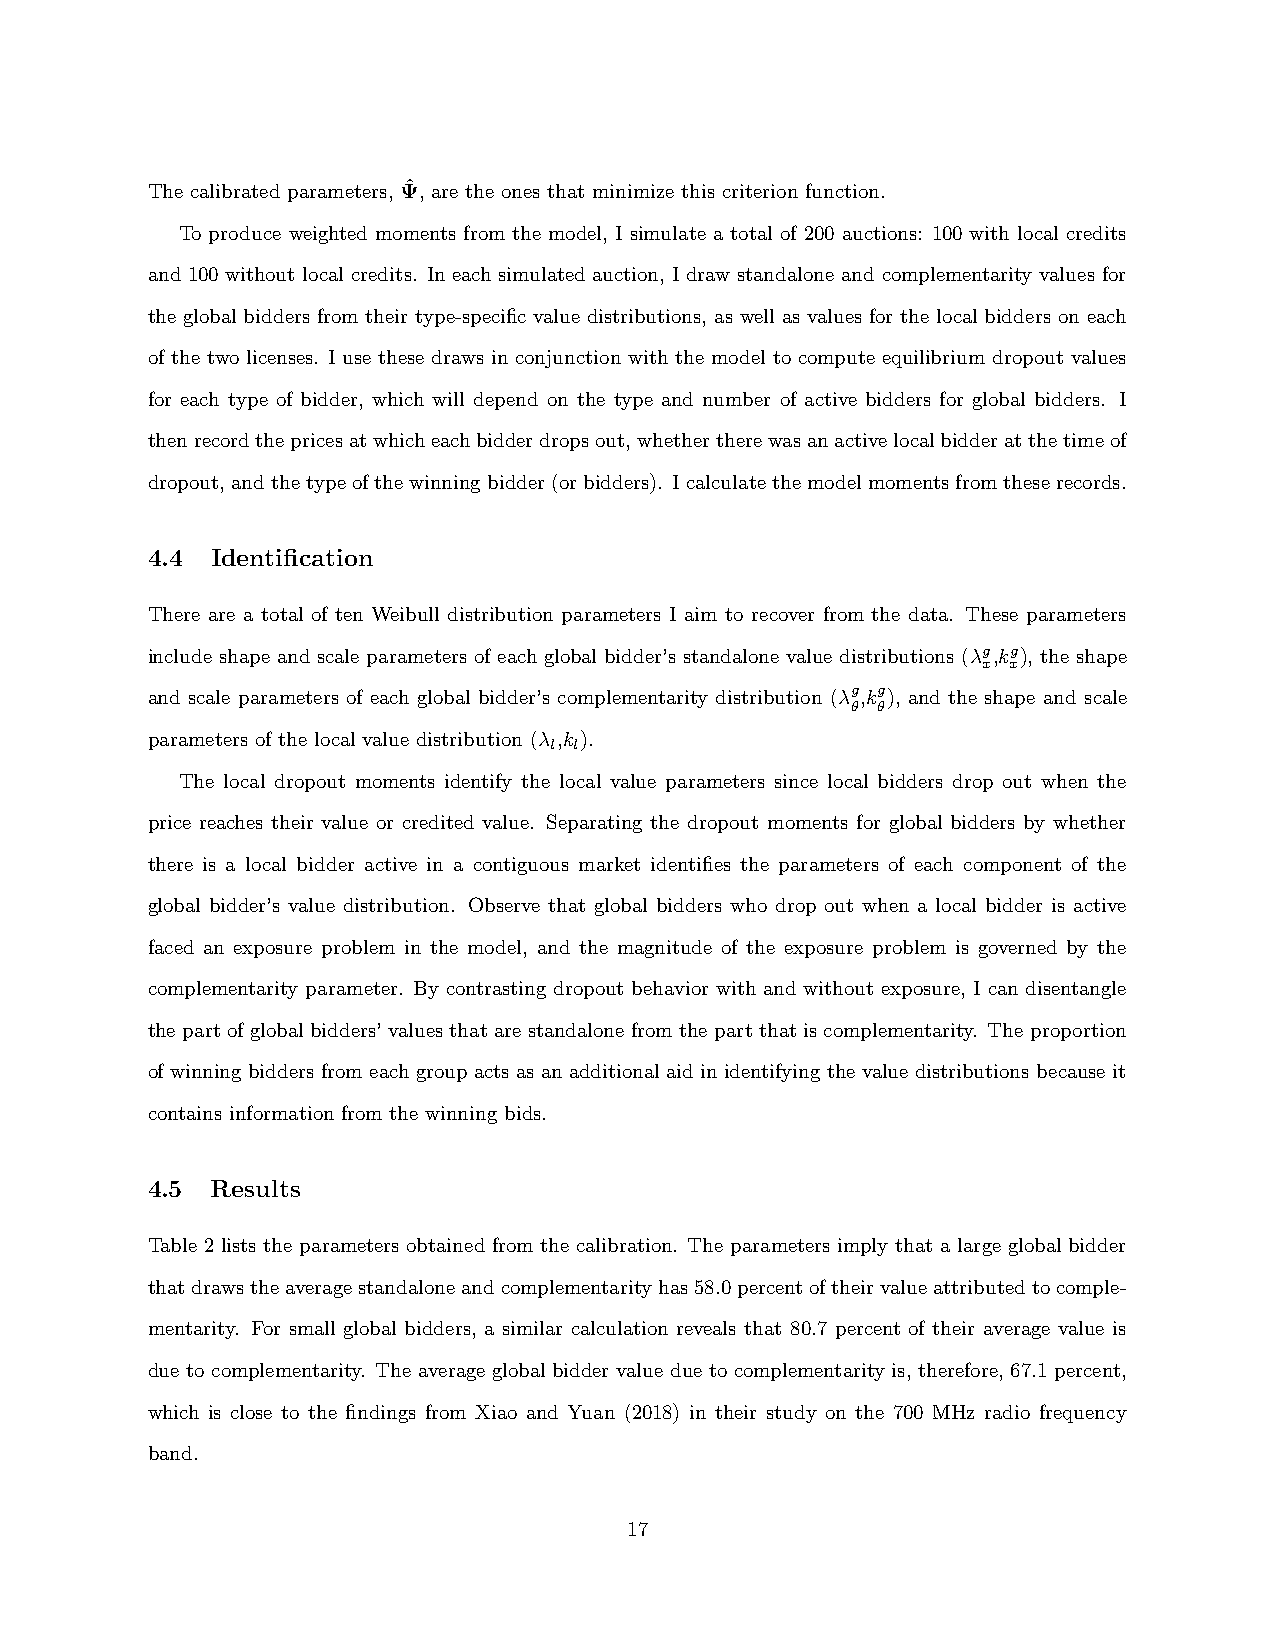
The calibrated parameters, Ψˆ, are the ones that minimize this criterion function.
 To produce weighted moments from the model, I simulate a total of 200 auctions: 100 with local credits
 and 100 without local credits. In each simulated auction, I draw standalone and complementarity values for
 the global bidders from their type-specific value distributions, as well as values for the local bidders on each
 of the two licenses. I use these draws in conjunction with the model to compute equilibrium dropout values
 for each type of bidder, which will depend on the type and number of active bidders for global bidders. I
 thenrecordthepricesatwhicheachbidderdropsout,whethertherewasanactivelocalbidderatthetimeof
 dropout, andthetypeofthewinningbidder(orbidders). Icalculatethemodelmomentsfromtheserecords.
 4.4 Identification
 There are a total of ten Weibull distribution parameters I aim to recover from the data. These parameters
 include shape and scale parameters of each global bidder’s standalone value distributions (λg,kg), the shape
 x x
 and scale parameters of each global bidder’s complementarity distribution (λg,kg), and the shape and scale
 θ θ
 parameters of the local value distribution (λ ,k ).
 l l
 The local dropout moments identify the local value parameters since local bidders drop out when the
 price reaches their value or credited value. Separating the dropout moments for global bidders by whether
 there is a local bidder active in a contiguous market identifies the parameters of each component of the
 global bidder’s value distribution. Observe that global bidders who drop out when a local bidder is active
 faced an exposure problem in the model, and the magnitude of the exposure problem is governed by the
 complementarity parameter. By contrasting dropout behavior with and without exposure, I can disentangle
 the part of global bidders’ values that are standalone from the part that is complementarity. The proportion
 of winning bidders from each group acts as an additional aid in identifying the value distributions because it
 contains information from the winning bids.
 4.5 Results
 Table 2 lists the parameters obtained from the calibration. The parameters imply that a large global bidder
 thatdrawstheaveragestandaloneandcomplementarityhas58.0percentoftheirvalueattributedtocomple-
 mentarity. For small global bidders, a similar calculation reveals that 80.7 percent of their average value is
 due to complementarity. The average global bidder value due to complementarity is, therefore, 67.1 percent,
 which is close to the findings from Xiao and Yuan (2018) in their study on the 700 MHz radio frequency
 band.
 17